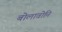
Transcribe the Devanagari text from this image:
बोलावोनि